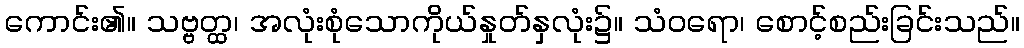
ကောင်း၏။ သဗ္ဗတ္ထ၊ အလုံးစုံသောကိုယ်နှုတ်နှလုံး၌။ သံဝရော၊ စောင့်စည်းခြင်းသည်။